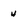
Character: 4